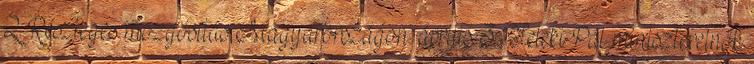
2. Részleges mozgósítás Magyarországon. április 3. Teleki Pál miniszterelnök